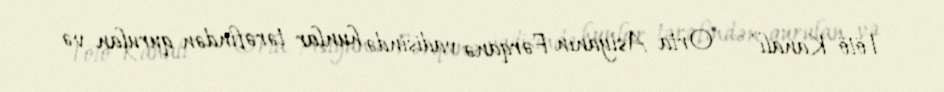
Tötö Kanalı' — Orta Asiyanın Fərqanə vadisində hunlar tərəfindən qurulan və